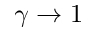
\gamma \rightarrow 1